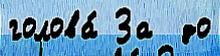
голова́ За  до